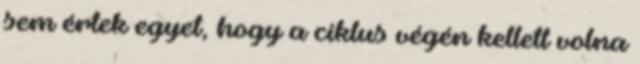
sem értek egyet, hogy a ciklus végén kellett volna